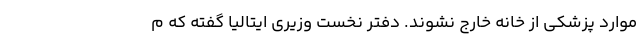
موارد پزشکی از خانه خارج نشوند. دفتر نخست وزیری ایتالیا گفته که م